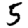
Digit: 5